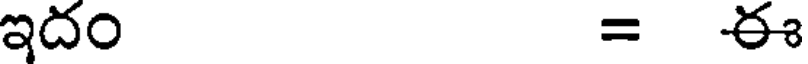
ఇదం = ఈ